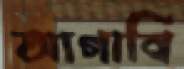
আগাবি